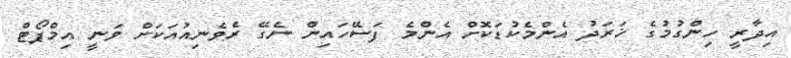
އިދާރީ ހިންގުމުގެ ޚަރަދު އެންމެކުޑަކޮށް އެންމެ ފަސޭހައިން ނެގޭ ރެވެނިއުއަކަށް ވަނީ އިމްޕޯޓް